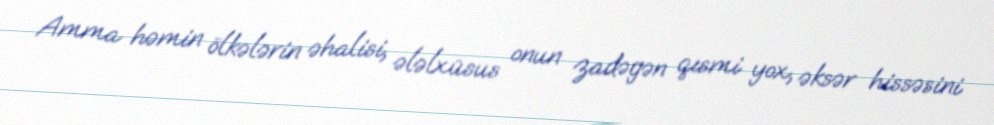
Amma həmin ölkələrin əhalisi, ələlxüsus onun zadəgən qısmi yox, əksər hissəsini